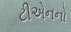
ટીએનનો